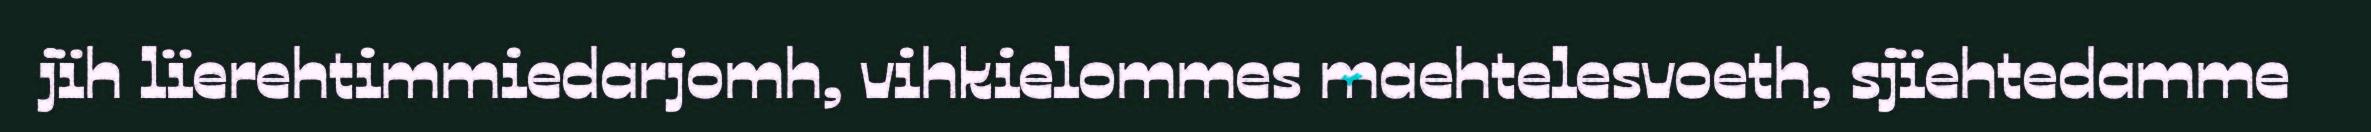
jïh lïerehtimmiedarjomh, vihkielommes maehtelesvoeth, sjïehtedamme